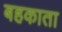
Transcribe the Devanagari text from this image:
बहकाता